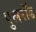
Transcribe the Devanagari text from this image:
पुलरॉड